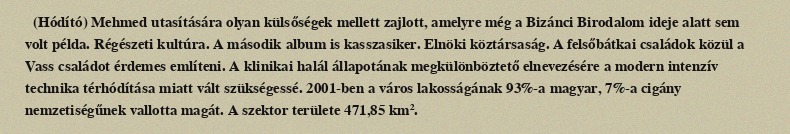
(Hódító) Mehmed utasítására olyan külsőségek mellett zajlott, amelyre még a Bizánci Birodalom ideje alatt sem volt példa. Régészeti kultúra. A második album is kasszasiker. Elnöki köztársaság. A felsőbátkai családok közül a Vass családot érdemes említeni. A klinikai halál állapotának megkülönböztető elnevezésére a modern intenzív technika térhódítása miatt vált szükségessé. 2001-ben a város lakosságának 93%-a magyar, 7%-a cigány nemzetiségűnek vallotta magát. A szektor területe 471,85 km².